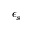
\epsilon _ { s }